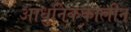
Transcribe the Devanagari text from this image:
आधुनिककालीन